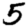
Digit: 5